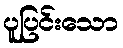
ပူပြင်းသော